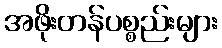
အဖိုးတန်ပစ္စည်းများ